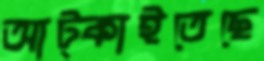
আট্‌কাইতেছে